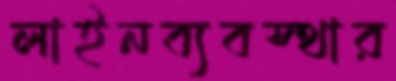
লাইনব্যবস্থার